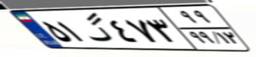
۵۸گ۹۳۴۰۳